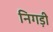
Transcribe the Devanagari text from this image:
निगड़ी